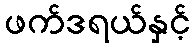
ဖက်ဒရယ်နှင့်